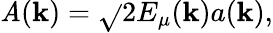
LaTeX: \mathit{A}({\mathbf{k}})=\sqrt{}{{2E_{\mu}({\mathbf{k}})}}a({\mathbf{k}}),